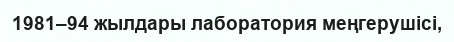
1981–94 жылдары лаборатория меңгерушісі,